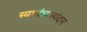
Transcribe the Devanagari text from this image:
स्वातंत्र्यस्पंदन